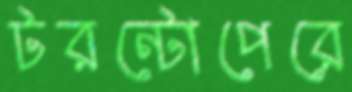
টরন্টোপেরে